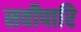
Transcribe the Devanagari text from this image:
सर्वोपारि